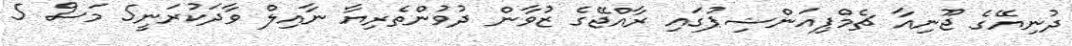
ދުނިޔޭގެ ޖޫނިއާ ޗެމްޕިއަންޝިޕުގައި ރާއްޖޭގެ ޒުވާން ދުވުންތެރިޔާ ނާއިލް ވާދަކުރަނީ5 މަސް 5